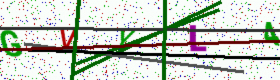
Text: GVYL4